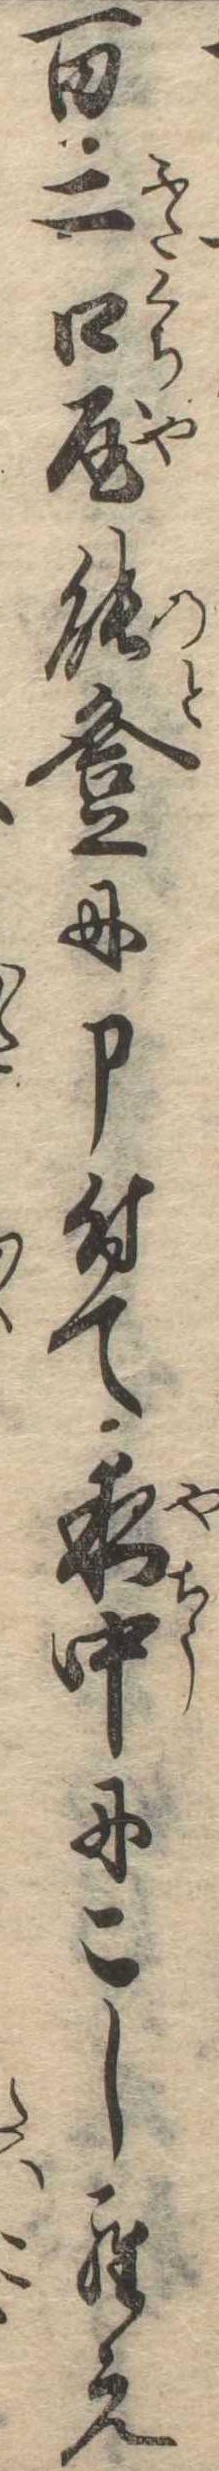
百二口屋能登に申付て夜中にこしらえ